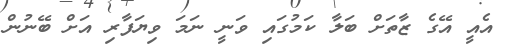
އެއީ އޭގެ ޒާތަށް ބަލާ ކަމުގައި ވަނީ ނަމަ ވިޔަފާރި އަށް ބޭނުން